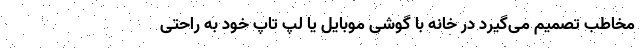
مخاطب تصمیم می‌گیرد در خانه با گوشی موبایل یا لپ تاپ خود به راحتی